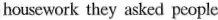
housework they asked people